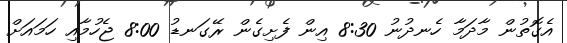
އެގޮތުން މާދަމާ ހެނދުނު 8:30 އިން ފެށިގެން ރޭގަނޑު 8:00 ޖެހުމާއި ހަމައަށް